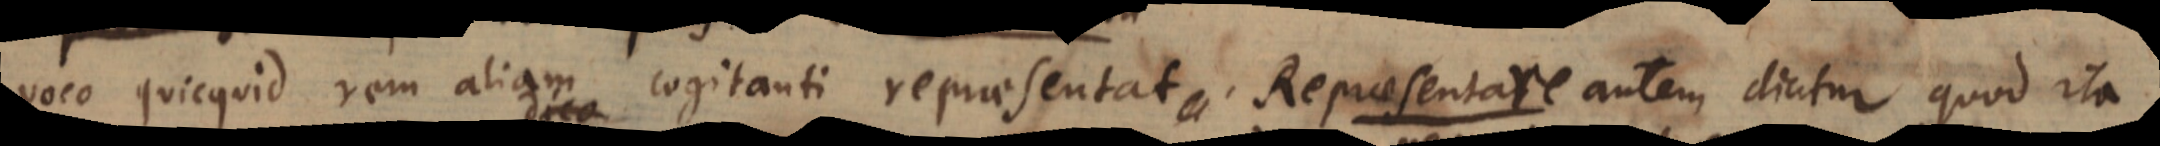
voco quicquid rem aliam cogitanti repraesentat. Repraesentare autem dicitur quod ita